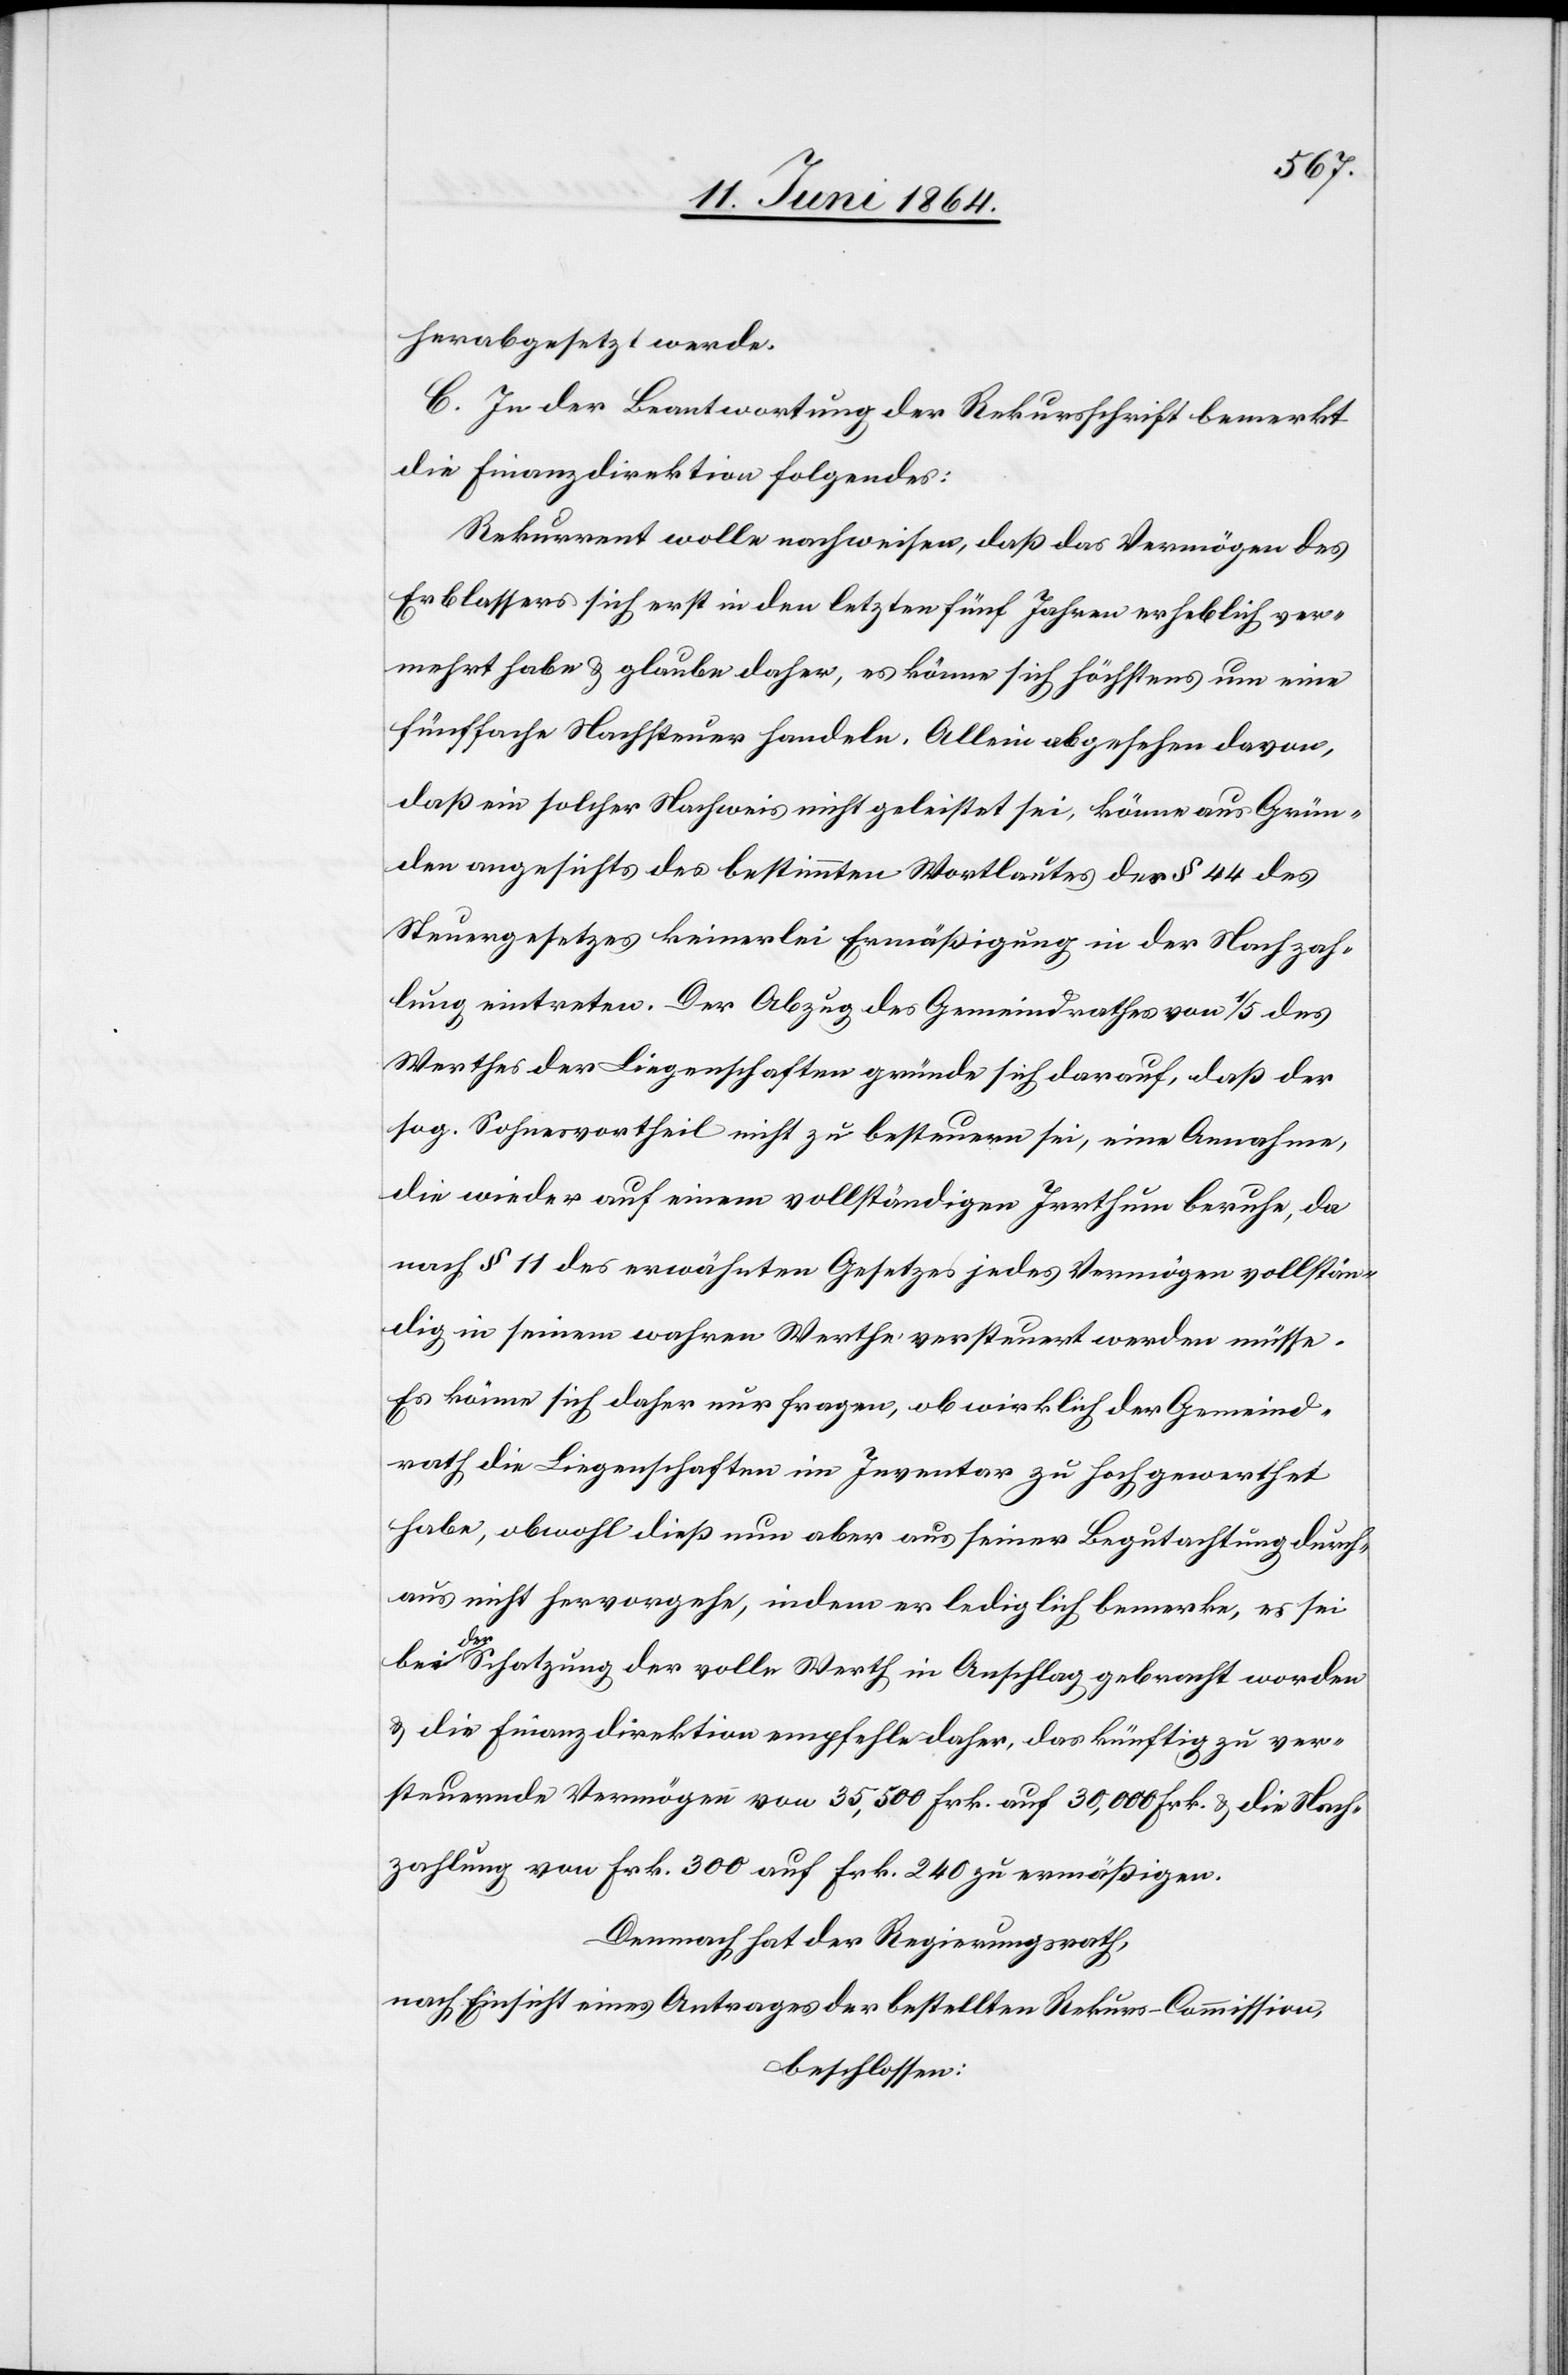
herabgesetzt werde.
C. In der Beantwortung der Rekursschrift bemerkt
die Finanzdirektion folgendes:
Rekurrent wolle nachweisen, daß das Vermögen des
Erblassers sich erst in den letzten fünf Jahren erheblich ver¬
mehrt habe u. glaube daher, es könne sich höchstens um eine
fünffache Nachsteuer handeln. Allein abgesehen davon,
daß ein solcher Nachweis nicht geleistet sei, könne aus Grün¬
den angesichts des bestimmten Wortlautes des § 44 des
Steuergesetzes keinerlei Ermäßigung in der Nachzah¬
lung eintreten. Der Abzug des Gemeindrathes von 1/5 des
Werthes der Liegenschaften gründe sich darauf, daß der
sog. Sohnesvortheil nicht zu besteuern sei, eine Annahme,
die wieder auf einem vollständigen Irrthum beruhe, da
nach § 1 des erwähnten Gesetzes jedes Vermögen vollstän¬
dig in seinem wahren Werthe versteuert werden müsse.
Es könne sich daher nur fragen, ob wirklich der Gemeind¬
rath die Liegenschaften im Inventar zu hoch gewerthet
habe, obwohl dieß nun aber aus seiner Begutachtung durch¬
aus nicht hervorgehe, indem er lediglich bemerke, es sei
der Schatzung der volle Werth in Anschlag gebracht worden
u. die Finanzdirektion empfehle daher, das künftig zu ver¬
steuernde Vermögen von 35,500 Frk. auf 30,000 Frk. u. die Nach¬
zahlung von Frk. 300 auf Frk. 240 zu ermäßigen.
Demnach hat der Regierungsrath,
nach Einsicht eines Antrages der bestellten Rekurs-Commission,
beschlossen: